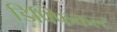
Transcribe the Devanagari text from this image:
डिफ्फिकल्ट